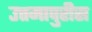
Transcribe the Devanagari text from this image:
उत्तमापुरीस